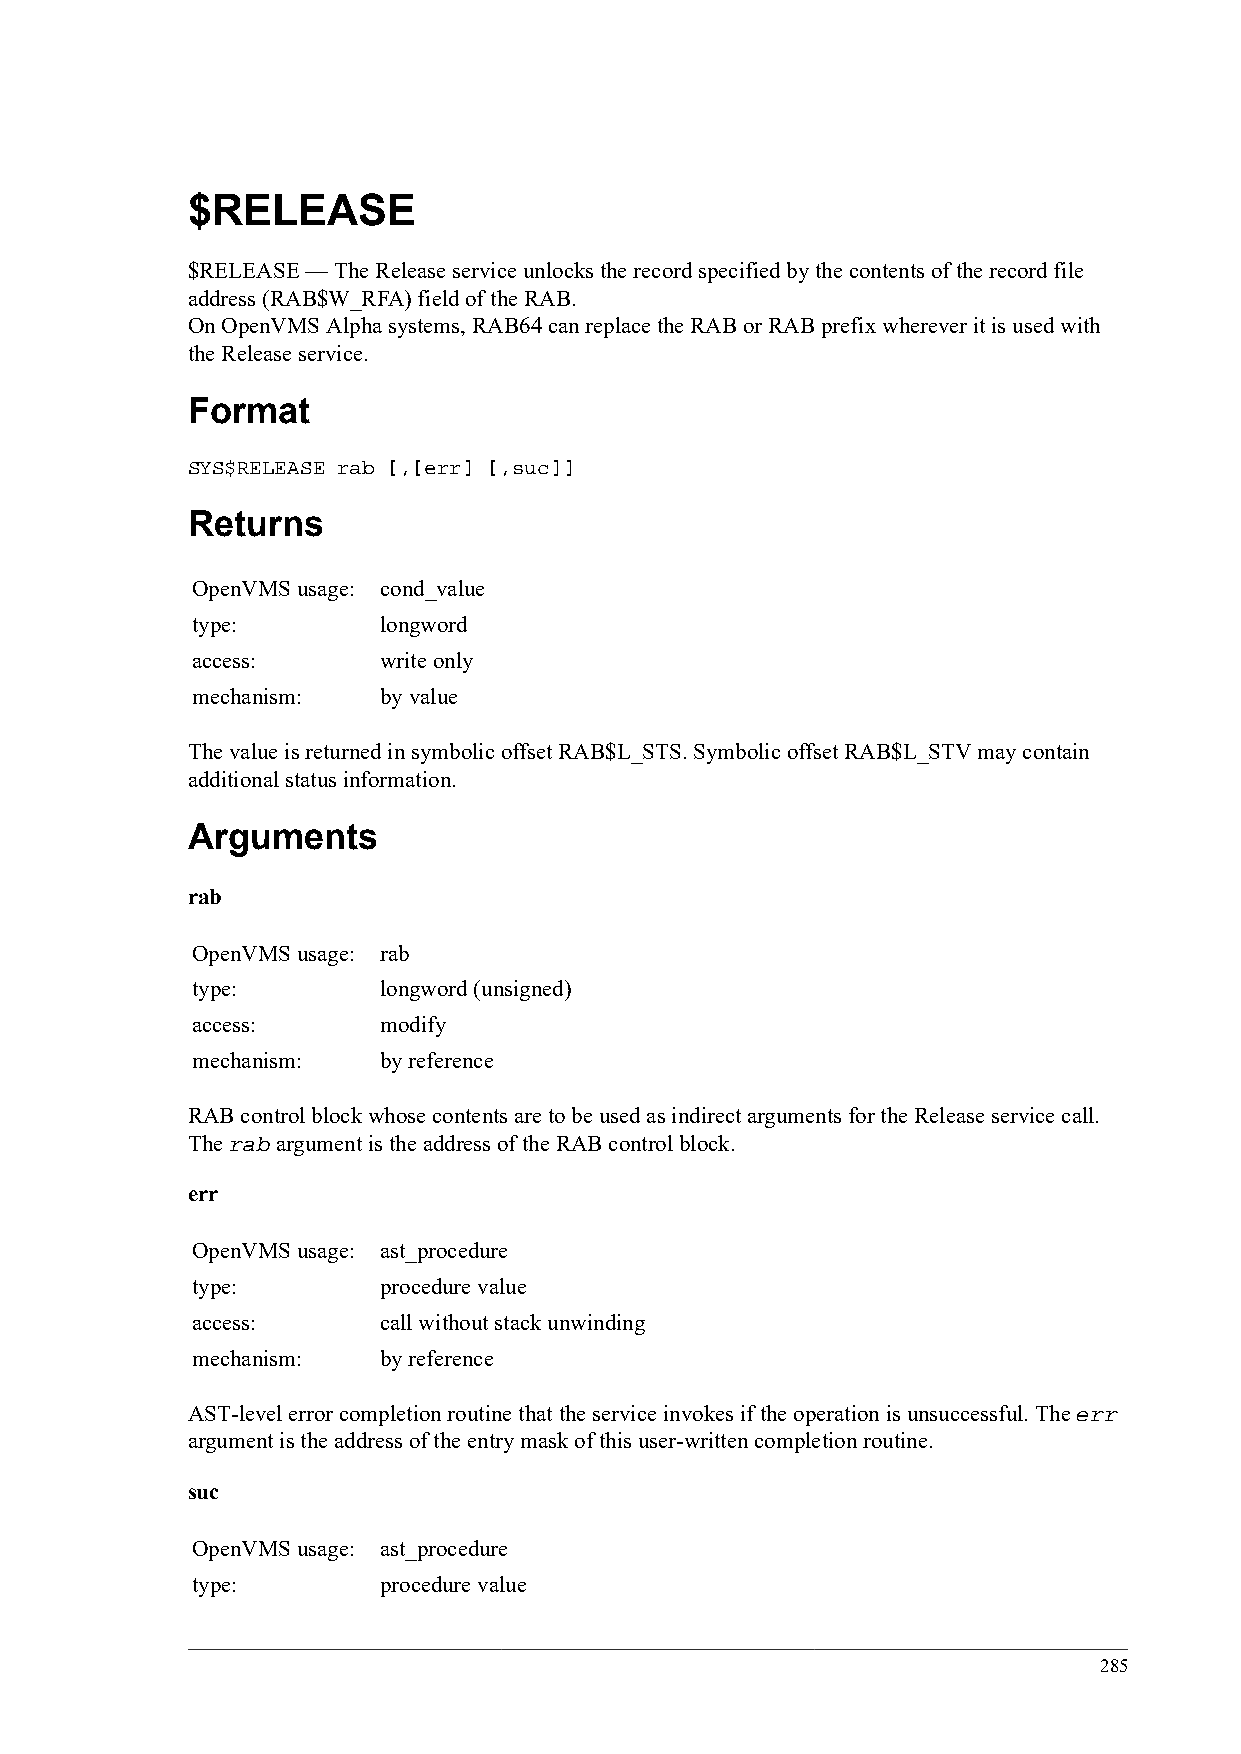
$RELEASE
 $RELEASE — The Release service unlocks the record specified by the contents of the record file
 address (RAB$W_RFA) field of the RAB.
 On OpenVMS Alpha systems, RAB64 can replace the RAB or RAB prefix wherever it is used with
 the Release service.
 Format
 SYS$RELEASE rab [,[err] [,suc]]
 Returns
 OpenVMS usage: cond_value
 type:       longword
 access:     write only
 mechanism:  by value
 The value is returned in symbolic offset RAB$L_STS. Symbolic offset RAB$L_STV may contain
 additional status information.
 Arguments
 rab
 OpenVMS usage: rab
 type:       longword (unsigned)
 access:     modify
 mechanism:  by reference
 RAB control block whose contents are to be used as indirect arguments for the Release service call.
 The rab argument is the address of the RAB control block.
 err
 OpenVMS usage: ast_procedure
 type:       procedure value
 access:     call without stack unwinding
 mechanism:  by reference
 AST-level error completion routine that the service invokes if the operation is unsuccessful. The err
 argument is the address of the entry mask of this user-written completion routine.
 suc
 OpenVMS usage: ast_procedure
 type:       procedure value
 285